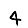
Digit: 4